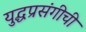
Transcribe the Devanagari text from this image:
युद्धप्रसंगीची